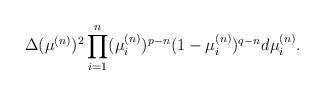
LaTeX: \begin{align*} \Delta(\mu^{(n)})^2 \prod_{i = 1}^n (\mu^{(n)}_i)^{p - n} (1 - \mu^{(n)}_i)^{q - n} d\mu^{(n)}_i.\end{align*}